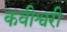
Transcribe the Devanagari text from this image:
कवीश्वरी